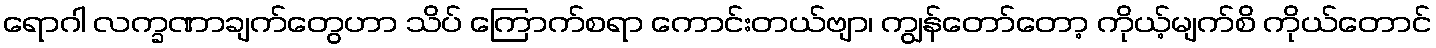
ရောဂါ လက္ခဏာချက်တွေဟာ သိပ် ကြောက်စရာ ကောင်းတယ်ဗျာ၊ ကျွန်တော်တော့ ကိုယ့်မျက်စိ ကိုယ်တောင်